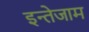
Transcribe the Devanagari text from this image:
इन्तेजाम